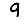
Digit: 9